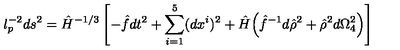
l _ { p } ^ { - 2 } d s ^ { 2 } = \hat { H } ^ { - 1 / 3 } \left[ - \hat { f } d t ^ { 2 } + \sum _ { i = 1 } ^ { 5 } ( d x ^ { i } ) ^ { 2 } + \hat { H } \Big ( \hat { f } ^ { - 1 } d \hat { \rho } ^ { 2 } + \hat { \rho } ^ { 2 } d \Omega _ { 4 } ^ { 2 } \Big ) \right]